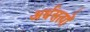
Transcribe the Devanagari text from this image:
अर्धसत्यों